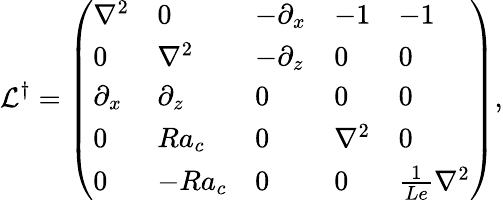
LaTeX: \mathcal{L}^{\dagger}=\left(\begin{array}{lllll}{\nabla^{2}}&{0}&{-\partial_{x}}&{-1}&{-1}\\ {0}&{\nabla^{2}}&{-\partial_{z}}&{0}&{0}\\ {\partial_{x}}&{\partial_{z}}&{0}&{0}&{0}\\ {0}&{Ra_{c}}&{0}&{\nabla^{2}}&{0}\\ {0}&{-Ra_{c}}&{0}&{0}&{\frac{1}{Le}\nabla^{2}}\end{array}\right),